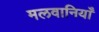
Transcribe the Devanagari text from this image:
मलवानियाँ